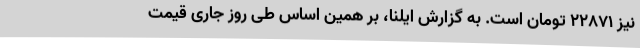
نیز ۲۲۸۷۱ تومان است. به گزارش ایلنا، بر همین‌ اساس طی روز جاری قیمت